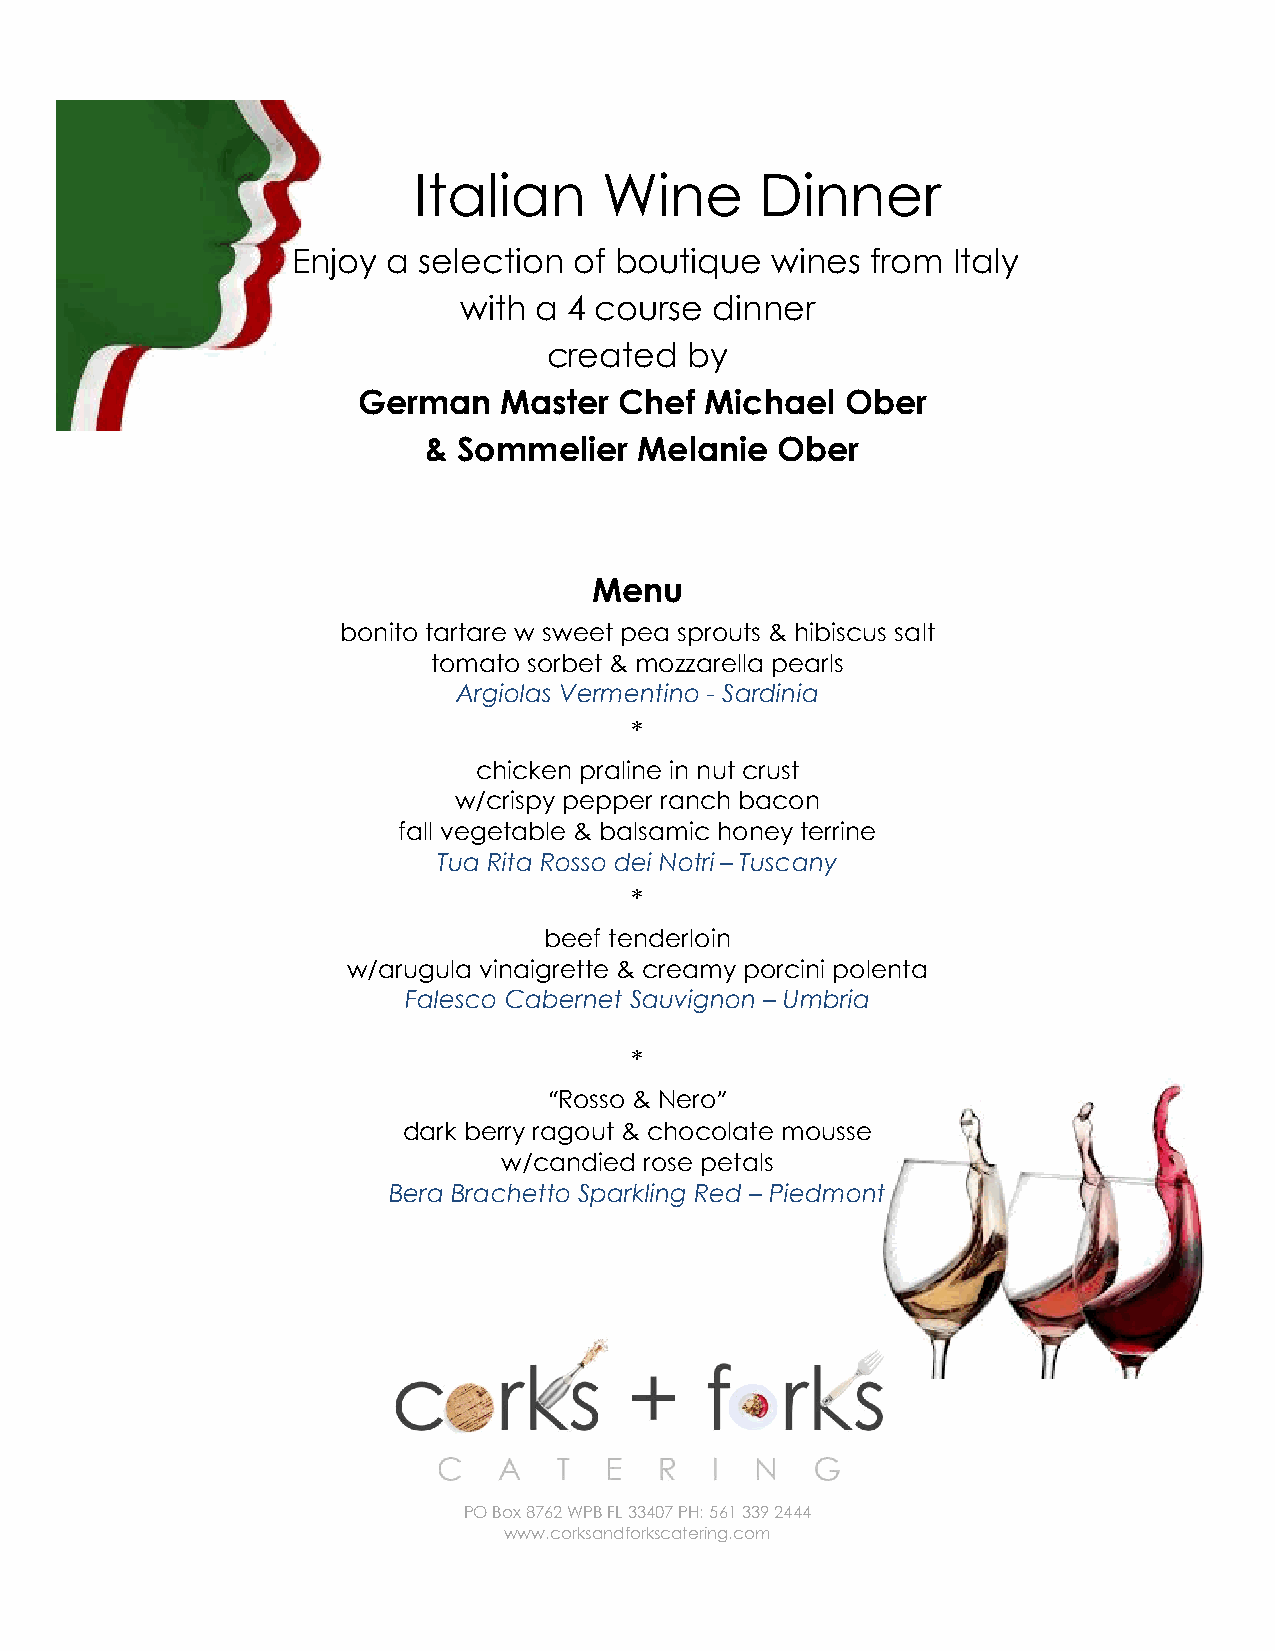
Italian      Wine      Dinner
 Enjoy  a selection of boutique  wines  from Italy
 with a  4 course dinner
 created   by
 German   Master  Chef  Michael  Ober
 & Sommelier   Melanie  Ober
 Menu
 bonito tartare w sweet pea sprouts & hibiscus salt
 tomato sorbet & mozzarella pearls
 Argiolas Vermentino - Sardinia
 *
 chicken praline in nut crust
 w/crispy pepper ranch bacon
 fall vegetable & balsamic honey terrine
 Tua Rita Rosso dei Notri – Tuscany
 *
 beef tenderloin
 w/arugula vinaigrette & creamy porcini polenta
 Falesco Cabernet Sauvignon – Umbria
 *
 “Rosso & Nero”
 dark berry ragout & chocolate mousse
 w/candied rose petals
 Bera Brachetto Sparkling Red – Piedmont
 PO Box 8762 WPB FL 33407 PH: 561 339 2444
 www.corksandforkscatering.com